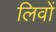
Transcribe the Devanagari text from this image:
लिवों